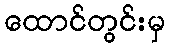
ထောင်တွင်းမှ